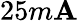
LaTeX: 25m\mathbf{A}